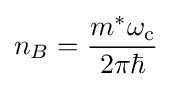
n_{B}={\frac {m^{*}\omega _{\rm {c}}}{2\pi \hbar }}